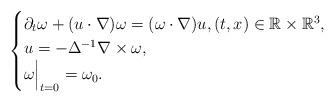
LaTeX: \begin{align*}\begin{cases}\partial_t \omega + (u\cdot \nabla) \omega = (\omega \cdot \nabla) u, (t,x) \in \mathbb R \times\mathbb R^3,\\u=-\Delta^{-1} \nabla \times \omega, \\\omega\Bigr|_{t=0}=\omega_0.\end{cases}\end{align*}